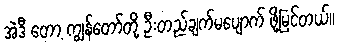
အဲဒီ တော့ ကျွန်တော်တို့ ဦးတည်ချက်မပျောက် ဖို့မြင်တယ်။